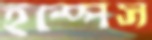
ইস্পেস